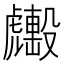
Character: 𧈑